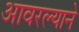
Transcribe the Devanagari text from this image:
आवरल्याने